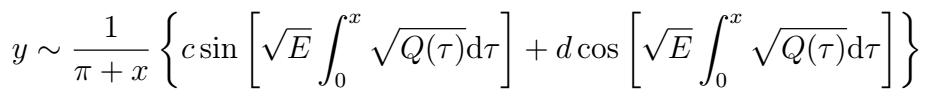
\[y \sim \frac{1}{\pi + x} \left\{c \sin \left[\sqrt{E} \int_{0}^{x} \sqrt{Q(\tau)} \mathrm{d}\tau\right] + d \cos \left[\sqrt{E} \int_{0}^{x} \sqrt{Q(\tau)} \mathrm{d}\tau\right]\right\}\]